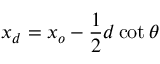
x _ { d } = x _ { o } - \frac { 1 } { 2 } d \cot { \theta }